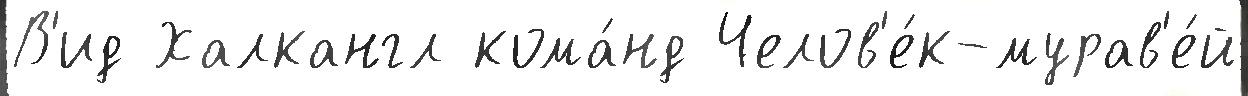
В'ид Халкангл кома́нд Челов'е́к-мурав'е́й